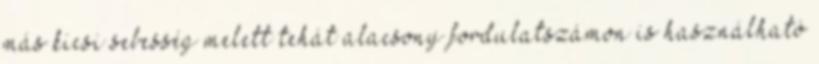
más kicsi sebesség melett tehát alacsony fordulatszámon is használható